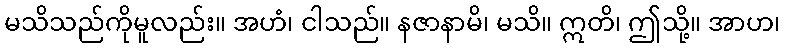
မသိသည်ကိုမူလည်း။ အဟံ၊ ငါသည်။ နဇာနာမိ၊ မသိ။ ဣတိ၊ ဤသို့။ အာဟ၊